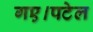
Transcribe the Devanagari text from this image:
गए।पटेल